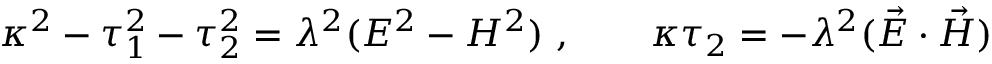
\kappa ^ { 2 } - \tau _ { 1 } ^ { 2 } - \tau _ { 2 } ^ { 2 } = \lambda ^ { 2 } ( E ^ { 2 } - H ^ { 2 } ) ~ , \qquad \kappa \tau _ { 2 } = - \lambda ^ { 2 } ( \vec { E } \cdot \vec { H } )